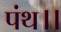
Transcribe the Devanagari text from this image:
पंथ।।